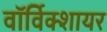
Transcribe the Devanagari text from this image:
वाॅर्विक्शायर